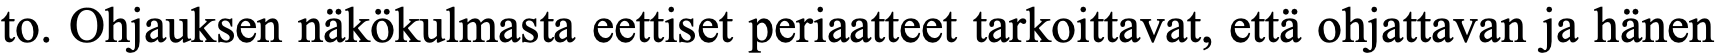
to. Ohjauksen näkökulmasta eettiset periaatteet tarkoittavat, että ohjattavan ja hänen